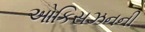
ઓકિસઝનની